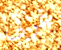
غربي